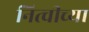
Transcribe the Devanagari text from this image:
नित्चीच्या